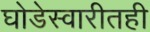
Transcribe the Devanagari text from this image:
घोडेस्वारीतही